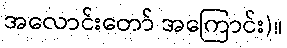
အလောင်းတော် အကြောင်း)။